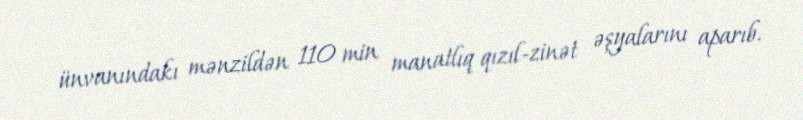
ünvanındakı mənzildən 110 min manatlıq qızıl-zinət əşyalarını aparıb.